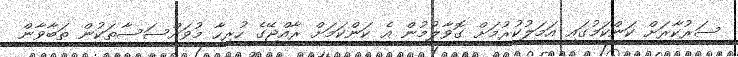
ސަރުކާރަށް ކަންކަމުގައި އަމަލުކުރުމަށް ގޮވާލުމުން އެ ކަންކަމަށް ރާއްޖޭގެ ހުރިހާ މުވައްސަސާތަކުން ތަބާވާން